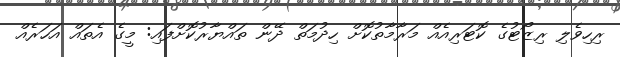
ރިހިވެލި ރިޒޯޓުގެ ކޮޓަރިއެއް މަރާމާތުކޮށް ހިދުމަތް ދޭން ތައްޔާރުކޮށްފައި: މީގެ އެތައް އަހަރެއް